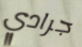
جرادي